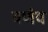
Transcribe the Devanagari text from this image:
वर्णव